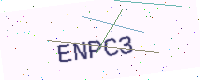
Text: ENPC3